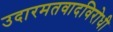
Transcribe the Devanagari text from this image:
उदारमतवादविरोधी